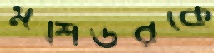
মশিউরকে